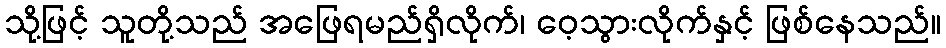
သို့ဖြင့် သူတို့သည် အဖြေရမည်ရှိလိုက်၊ ဝေ့သွားလိုက်နှင့် ဖြစ်နေသည်။